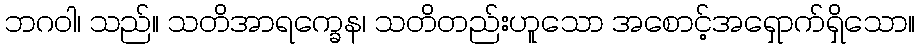
ဘဂဝါ၊ သည်။ သတိအာရက္ခေန၊ သတိတည်းဟူသော အစောင့်အရှောက်ရှိသော။